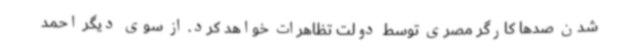
شدن صدها کارگر مصری توسط دولت تظاهرات خواهد کرد. از سوی دیگر احمد